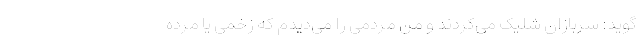
‌گوید: سربازان شلیک می‌کردند و من مردمی را می‌دیدم که زخمی یا مرده